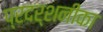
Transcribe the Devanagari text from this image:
प्रदर्शनीका